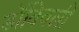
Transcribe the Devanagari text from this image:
डॊंबिवली